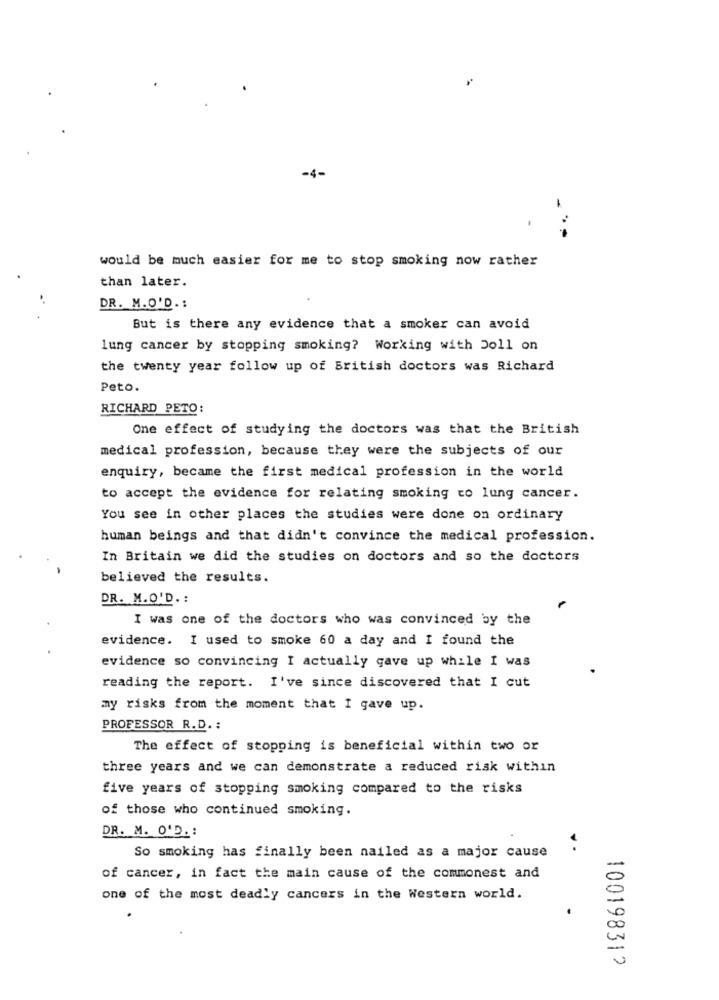
-4-
-
would be much easier for me to stop smoking now rather
than later.
DR. M.O'D. :
But is there any evidence that a smoker can avoid
lung cancer by stopping smoking? Working with Doll on
the twenty year follow up of British doctors was Richard
Peto.
RICHARD PETO:
One effect of studying the doctors was that the British
medical profession, because they were the subjects of our
enquiry, became the first medical profession in the world
to accept the evidence for relating smoking to lung cancer.
You see in other places the studies were done on ordinary
human beings and that didn't convince the medical profession.
In Britain we did the studies on doctors and so the doctors
believed the results.
DR. M.O'D .:
I was one of the doctors who was convinced by the
evidence. I used to smoke 60 a day and I found the
evidence so convincing I actually gave up while I was
reading the report. I've since discovered that I cut
my risks from the moment that I gave up.
PROFESSOR R.D. :
The effect of stopping is beneficial within two or
three years and we can demonstrate a reduced risk within
five years of stopping smoking compared to the risks
of those who continued smoking.
DR. M. O.D. :
So smoking has finally been nailed as a major cause
of cancer, in fact the main cause of the commonest and
one of the most deadly cancers in the Western world.
100198312